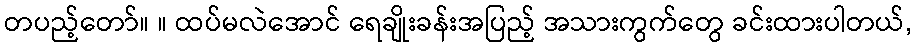
တပည့်တော်။ ။ ထပ်မလဲအောင် ရေချိုးခန်းအပြည့် အသားကွက်တွေ ခင်းထားပါတယ်,